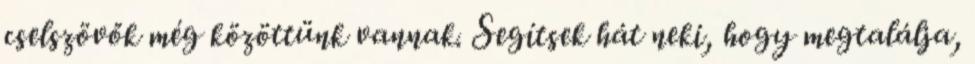
cselszövők még közöttünk vannak. Segítsek hát neki, hogy megtalálja,